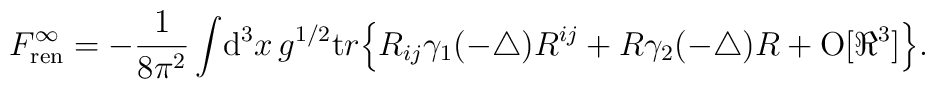
{F}^{\infty}_{\mathrm{ren}} = 	-  \frac1{8\pi^2}  \int\! 	{\mathrm d}^3 x \,  {g}^{1/2}           {\mathrm tr}\Big\{ R_{i j } \gamma_1(-\triangle) R^{i j }	+ R \gamma_2(-\triangle) R              +{\mathrm{O}}[\Re^3]\Big\}.